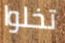
تخلوا